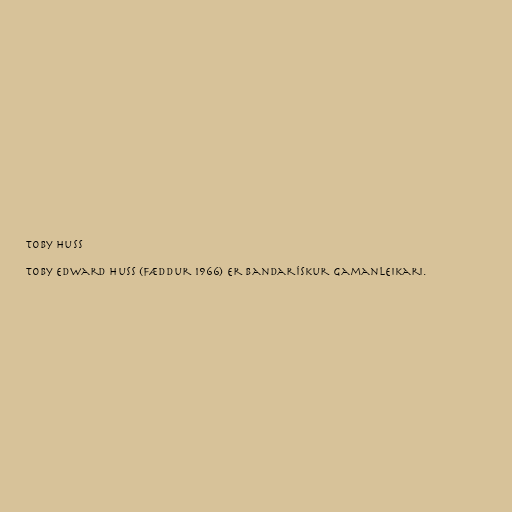
Toby Huss

Toby Edward Huss (fæddur 1966) er bandarískur gamanleikari.